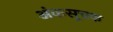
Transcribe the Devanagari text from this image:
अंकसूचक